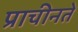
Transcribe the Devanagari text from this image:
प्राचीनते